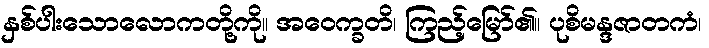
နှစ်ပါးသောလောကတို့ကို။ အဝေက္ခတိ၊ ကြည့်မြော်၏။ ပုစိမန္ဒဇာတကံ၊